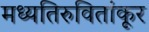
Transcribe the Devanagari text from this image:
मध्यतिरुवितांकूर